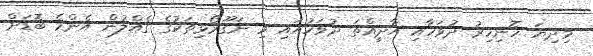
މިދިޔަ ހޮނިހިރު ދުވަހާއި އާދީއްތަ ދުވަހުއައި މި ނަގޫރޯޅިތަކުގެ ގެއްލުން އެންމެ ބޮޑަށް